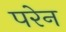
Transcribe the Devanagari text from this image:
परेन